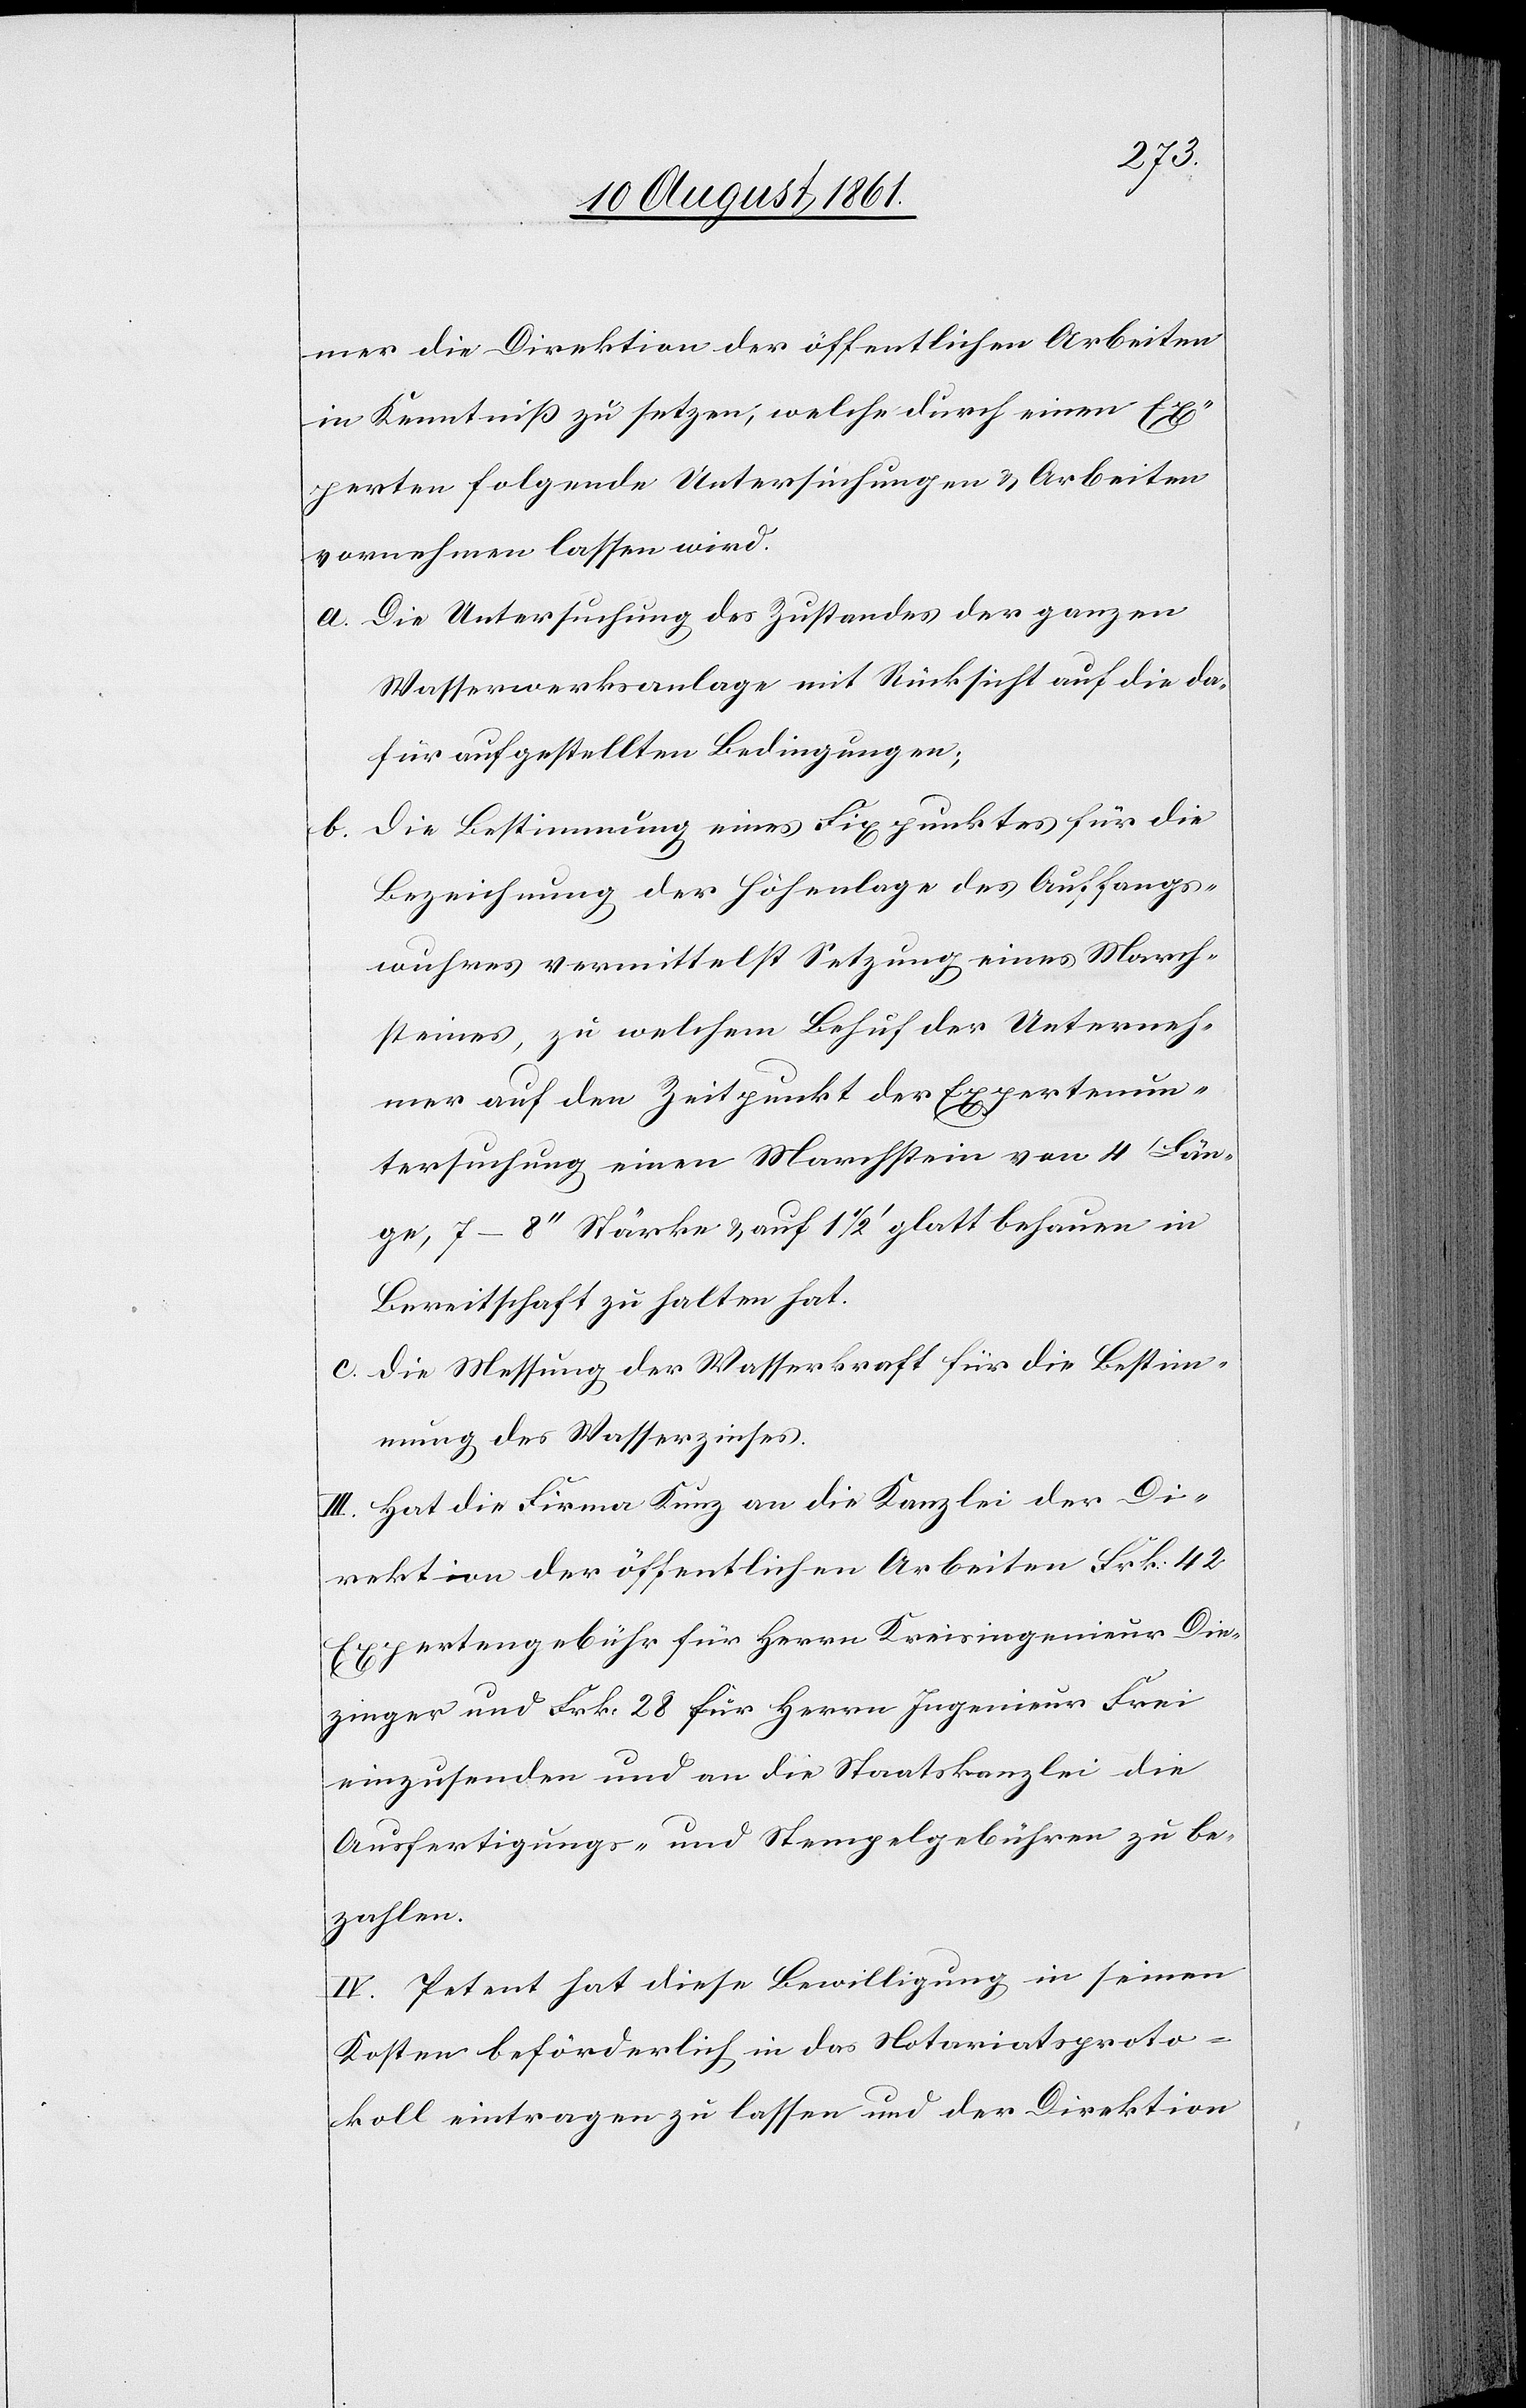
mer die Direktion der öffentlichen Arbeiten
in Kenntniß zu setzen, welche durch einen Ex¬
perten folgende Untersuchungen u. Arbeiten
vornehmen lassen wird.
a. Die Untersuchung des Zustandes der ganzen
Wasserwerksanlage mit Rücksicht auf die da¬
für aufgestellten Bedingungen;
b. Die Bestimmung eines Fixpunktes für die
Bezeichnung der Höhenlage des Auffang¬
wuhres vermittelst Setzung eines March¬
steines, zu welchem Behuf der Unterneh¬
mer auf den Zeitpunkt der Expertenun¬
tersuchung einen Marchstein von 4’ Län¬
ge, 7–8“ Stärke u. auf 1 1/2' glatt behauen in
Bereitschaft zu halten hat.
c. Die Messung der Wasserkraft für die Bestim¬
mung des Wasserzinses.
III. Hat die Firma Kunz an die Kanzlei der Di¬
rektion der öffentlichen Arbeiten Frk. 42
Expertengebühr für Herren Kreisingenieur Die¬
zinger und Frk. 28 für Herrn Ingenieur Frei
einzusenden und an die Staatskanzlei die
Ausfertigungs- u. Stempelgebühren zu be¬
zahlen.
IV. Petent hat diese Bewilligung in seinen
Kosten beförderlich in das Notariatsproto¬
koll eintragen zu lassen und der Direktion